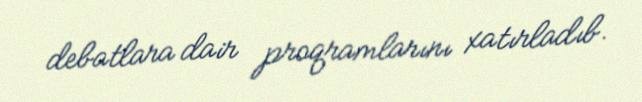
debatlara dair proqramlarını xatırladıb.